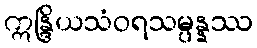
ဣန္ဒြိယသံဝရသမ္ပန္နဿ